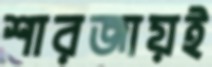
শারজায়ই